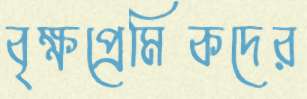
বৃক্ষপ্রেমিকদের